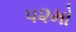
૫૨મો